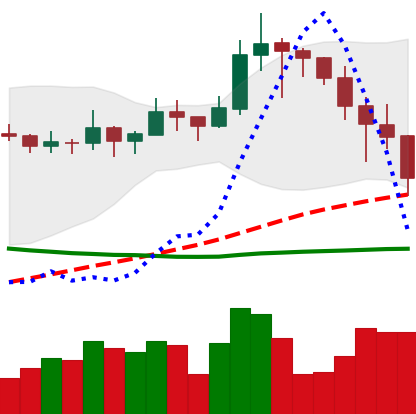
Ticker: LINK-USD
Chart end date: 2019-11-21
Forward return: -10.717%
Label: down_7plus